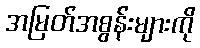
အမြတ်အစွန်းများကို